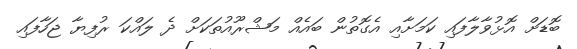
ބޮޑަށް އޮޅުވާލާފައި ކަމަށާއި އެގޮތުން ބައެއް މަޝްރޫއުތަކަށް ދެ ލައްކަ ރުފިޔާ ޖަހާފައި